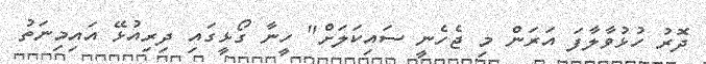
ދޮރު ހުޅުވާލާފަ އަރަން މި ޖެހެނީ ސައިކަލަށް" ހީނާ ގޯޅީގައި ދިރިއުޅޭ އައިމިނަތު